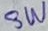
Text: SW